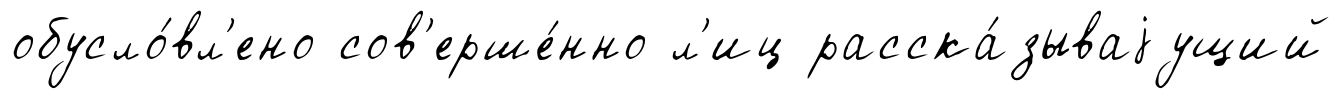
обусло́вл'ено сов'ерше́нно л'иц расска́зываjущий